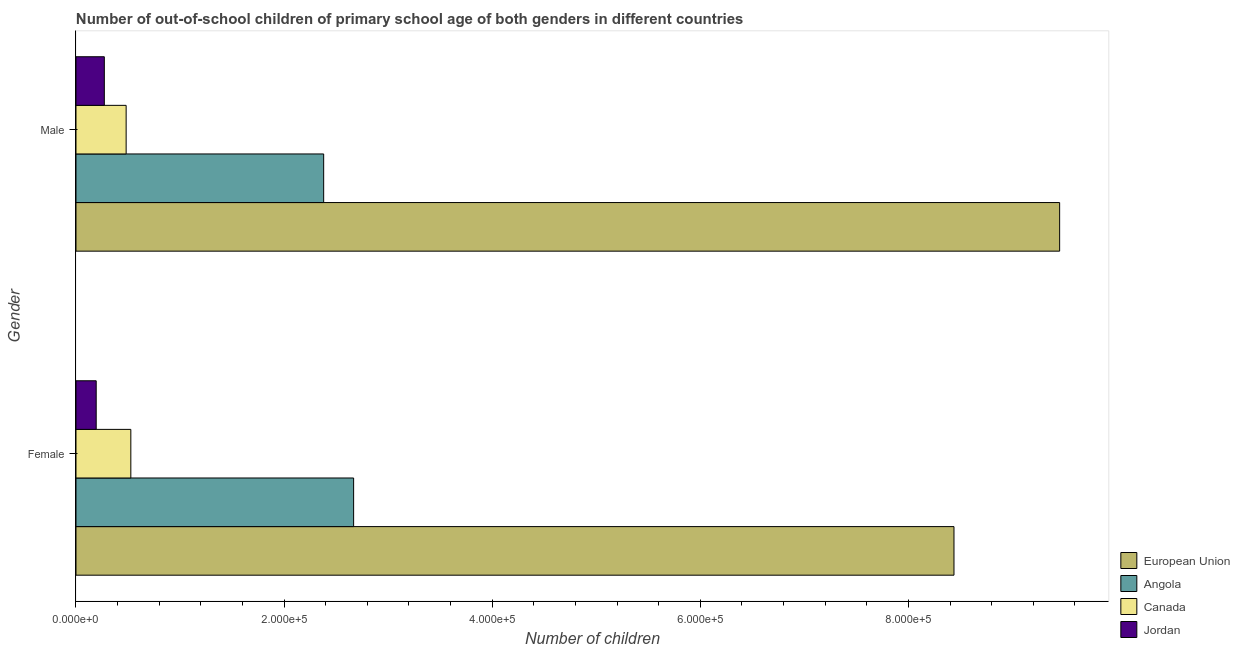
| Gender | European Union | Angola | Canada | Jordan |
 | --- | --- | --- | --- | --- |
 | Female | 8.44e+05 | 2.67e+05 | 5.27e+04 | 1.94e+04 |
 | Male | 9.45e+05 | 2.38e+05 | 4.82e+04 | 2.72e+04 |